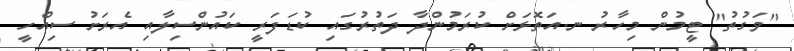
"ވަގުތު" ޓީމުން މިހާރު ނ.އަތޮޅަށް ކުރަމުންދާ ދަތުރުގައި ކުޑަފަރީ ކައުންސިލާއި އެރަށު ސިއްހީ